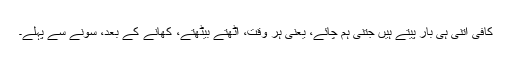
کافی اتنی ہی بار پیتے ہیں جتنی ہم چائے، یعنی ہر وقت، اٹھتے بیٹھتے، کھانے کے بعد، سونے سے پہلے۔